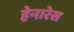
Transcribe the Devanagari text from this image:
हेनारेस